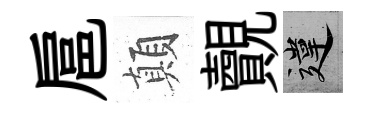
扈顛覿違